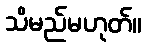
သိမည်မဟုတ်။